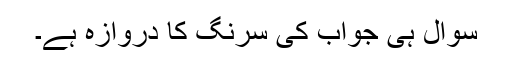
سوال ہی جواب کی سرنگ کا دروازہ ہے۔